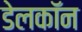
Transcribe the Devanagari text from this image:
डेलकॉन